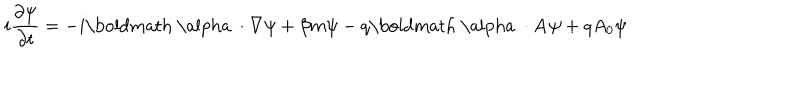
i \frac { \partial \psi } { \partial t } = - i \mathrm { \boldmath ~ \ a l p h a ~ } \cdot \nabla \psi + \beta m \psi - q \mathrm { \boldmath ~ \ a l p h a ~ } \cdot { \bf A } \psi + q A _ { 0 } \psi